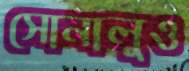
সোনালুও